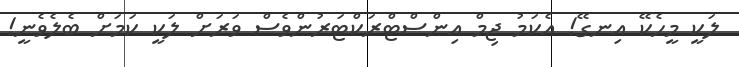
ލަކީ މީހެކޭ އިނގޭ! އެކަމު ޖިމް އިންސްޓްރަކްޓަރުންވެސް ވަރަށް ލަކީ ކަމަށް ބެލެވެނީ!